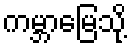
ကမ္ဘာမြေသို့